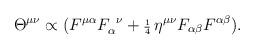
LaTeX: \begin{align*}\Theta^{\mu\nu }\propto(F^{\mu\alpha}F_{\alpha}^{\hskip1.5mm\nu}+{\scriptstyle\frac{1}{4}}\,\eta^{\mu\nu}F_{\alpha\beta}F^{\alpha\beta}).\end{align*}